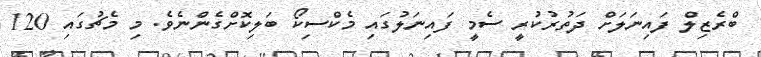
ބްރެޒިލް ފައިނަލަށް ދަތުރުކުރީ ސެމީ ފައިނަލުގައި މެކްސިކޯ ބަލިކޮށްގެންނެވެ. މި މެޗުގައި 120